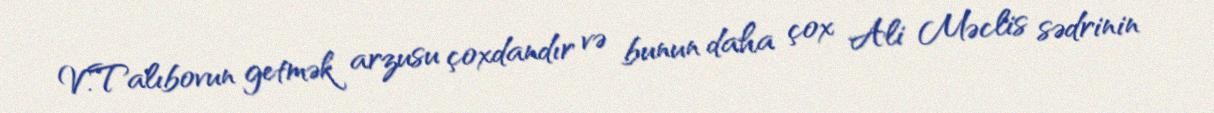
V.Talıbovun getmək arzusu çoxdandır və bunun daha çox Ali Məclis sədrinin